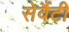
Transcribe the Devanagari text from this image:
सेवैंटी